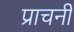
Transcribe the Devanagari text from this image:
प्राचनी